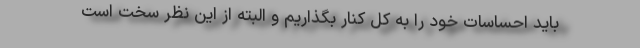
باید احساسات خود را به کل کنار بگذاریم و البته از این نظر سخت است